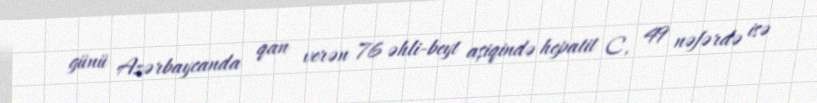
günü Azərbaycanda qan verən 76 əhli-beyt aşiqində hepatit C, 49 nəfərdə isə